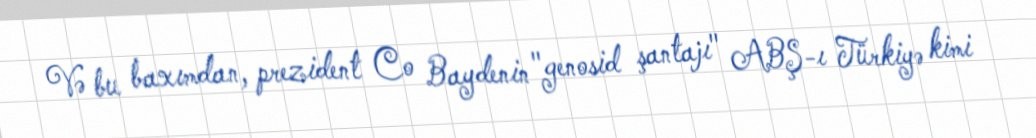
Və bu baxımdan, prezident Co Baydenin "genosid şantajı" ABŞ-ı Türkiyə kimi